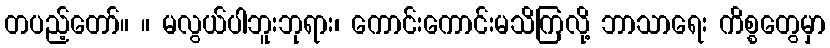
တပည့်တော်။ ။ မလွယ်ပါဘူးဘုရား၊ ကောင်းကောင်းမသိကြလို့ ဘာသာရေး ကိစ္စတွေမှာ